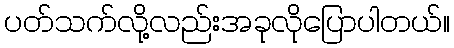
ပတ်သက်လို့လည်းအခုလိုပြောပါတယ်။